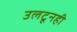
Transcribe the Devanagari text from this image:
उलटूनही